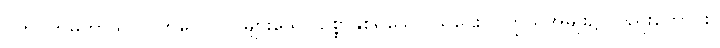
ဂဟပတိမဟာသာလကုလေ ဝါ၊ များသော ဥစ္စာနှစ်ရှိသော သူဌေးသူကြွယ်အမျိုး၌ လည်းကောင်း။